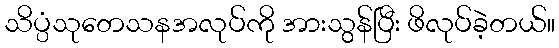
သိပ္ပံသုတေသနအလုပ်ကို အားသွန်ပြီး ဖိလုပ်ခဲ့တယ်။